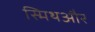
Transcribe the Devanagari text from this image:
स्मिथऔर